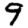
Digit: 9